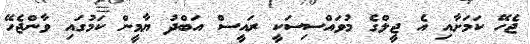
ޖެހޭ ކަމަށާއި އެ ޖީލްގެ މުވައްސިސަކީ ރައީސް އަބްދު ޔާމީން ކަމުގައި ވާންޖެހޭ